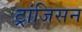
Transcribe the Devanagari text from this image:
ट्रांजिसन